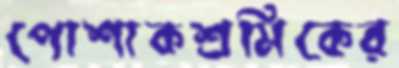
পোশাকশ্রমিকের